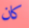
كان